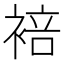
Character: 𬡣